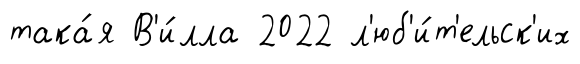
така́я В'и́лла 2022 л'юб'и́т'ельск'их